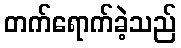
တက်ရောက်ခဲ့သည်